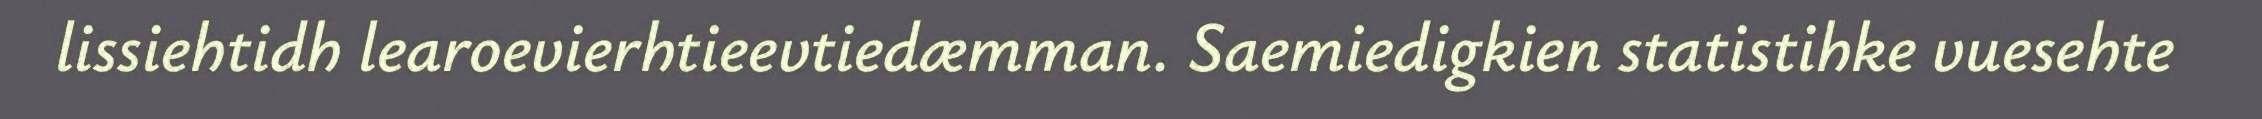
lissiehtidh learoevierhtieevtiedæmman. Saemiedigkien statistihke vuesehte